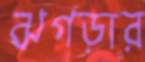
ঝগড়ার